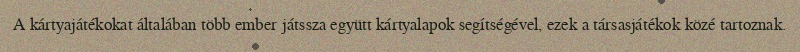
A kártyajátékokat általában több ember játssza együtt kártyalapok segítségével, ezek a társasjátékok közé tartoznak.